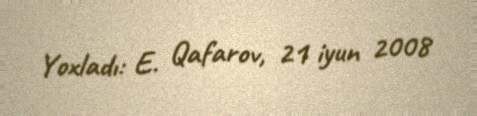
Yoxladı: E. Qafarov, 21 iyun 2008